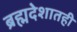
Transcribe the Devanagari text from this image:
ब्रह्मदेशातही